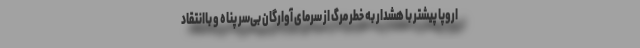
اروپا پیشتر با هشدار به خطر مرگ از سرمای آوارگان بی‌سر پناه و باانتقاد